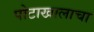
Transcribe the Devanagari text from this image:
पोटाखालाचा